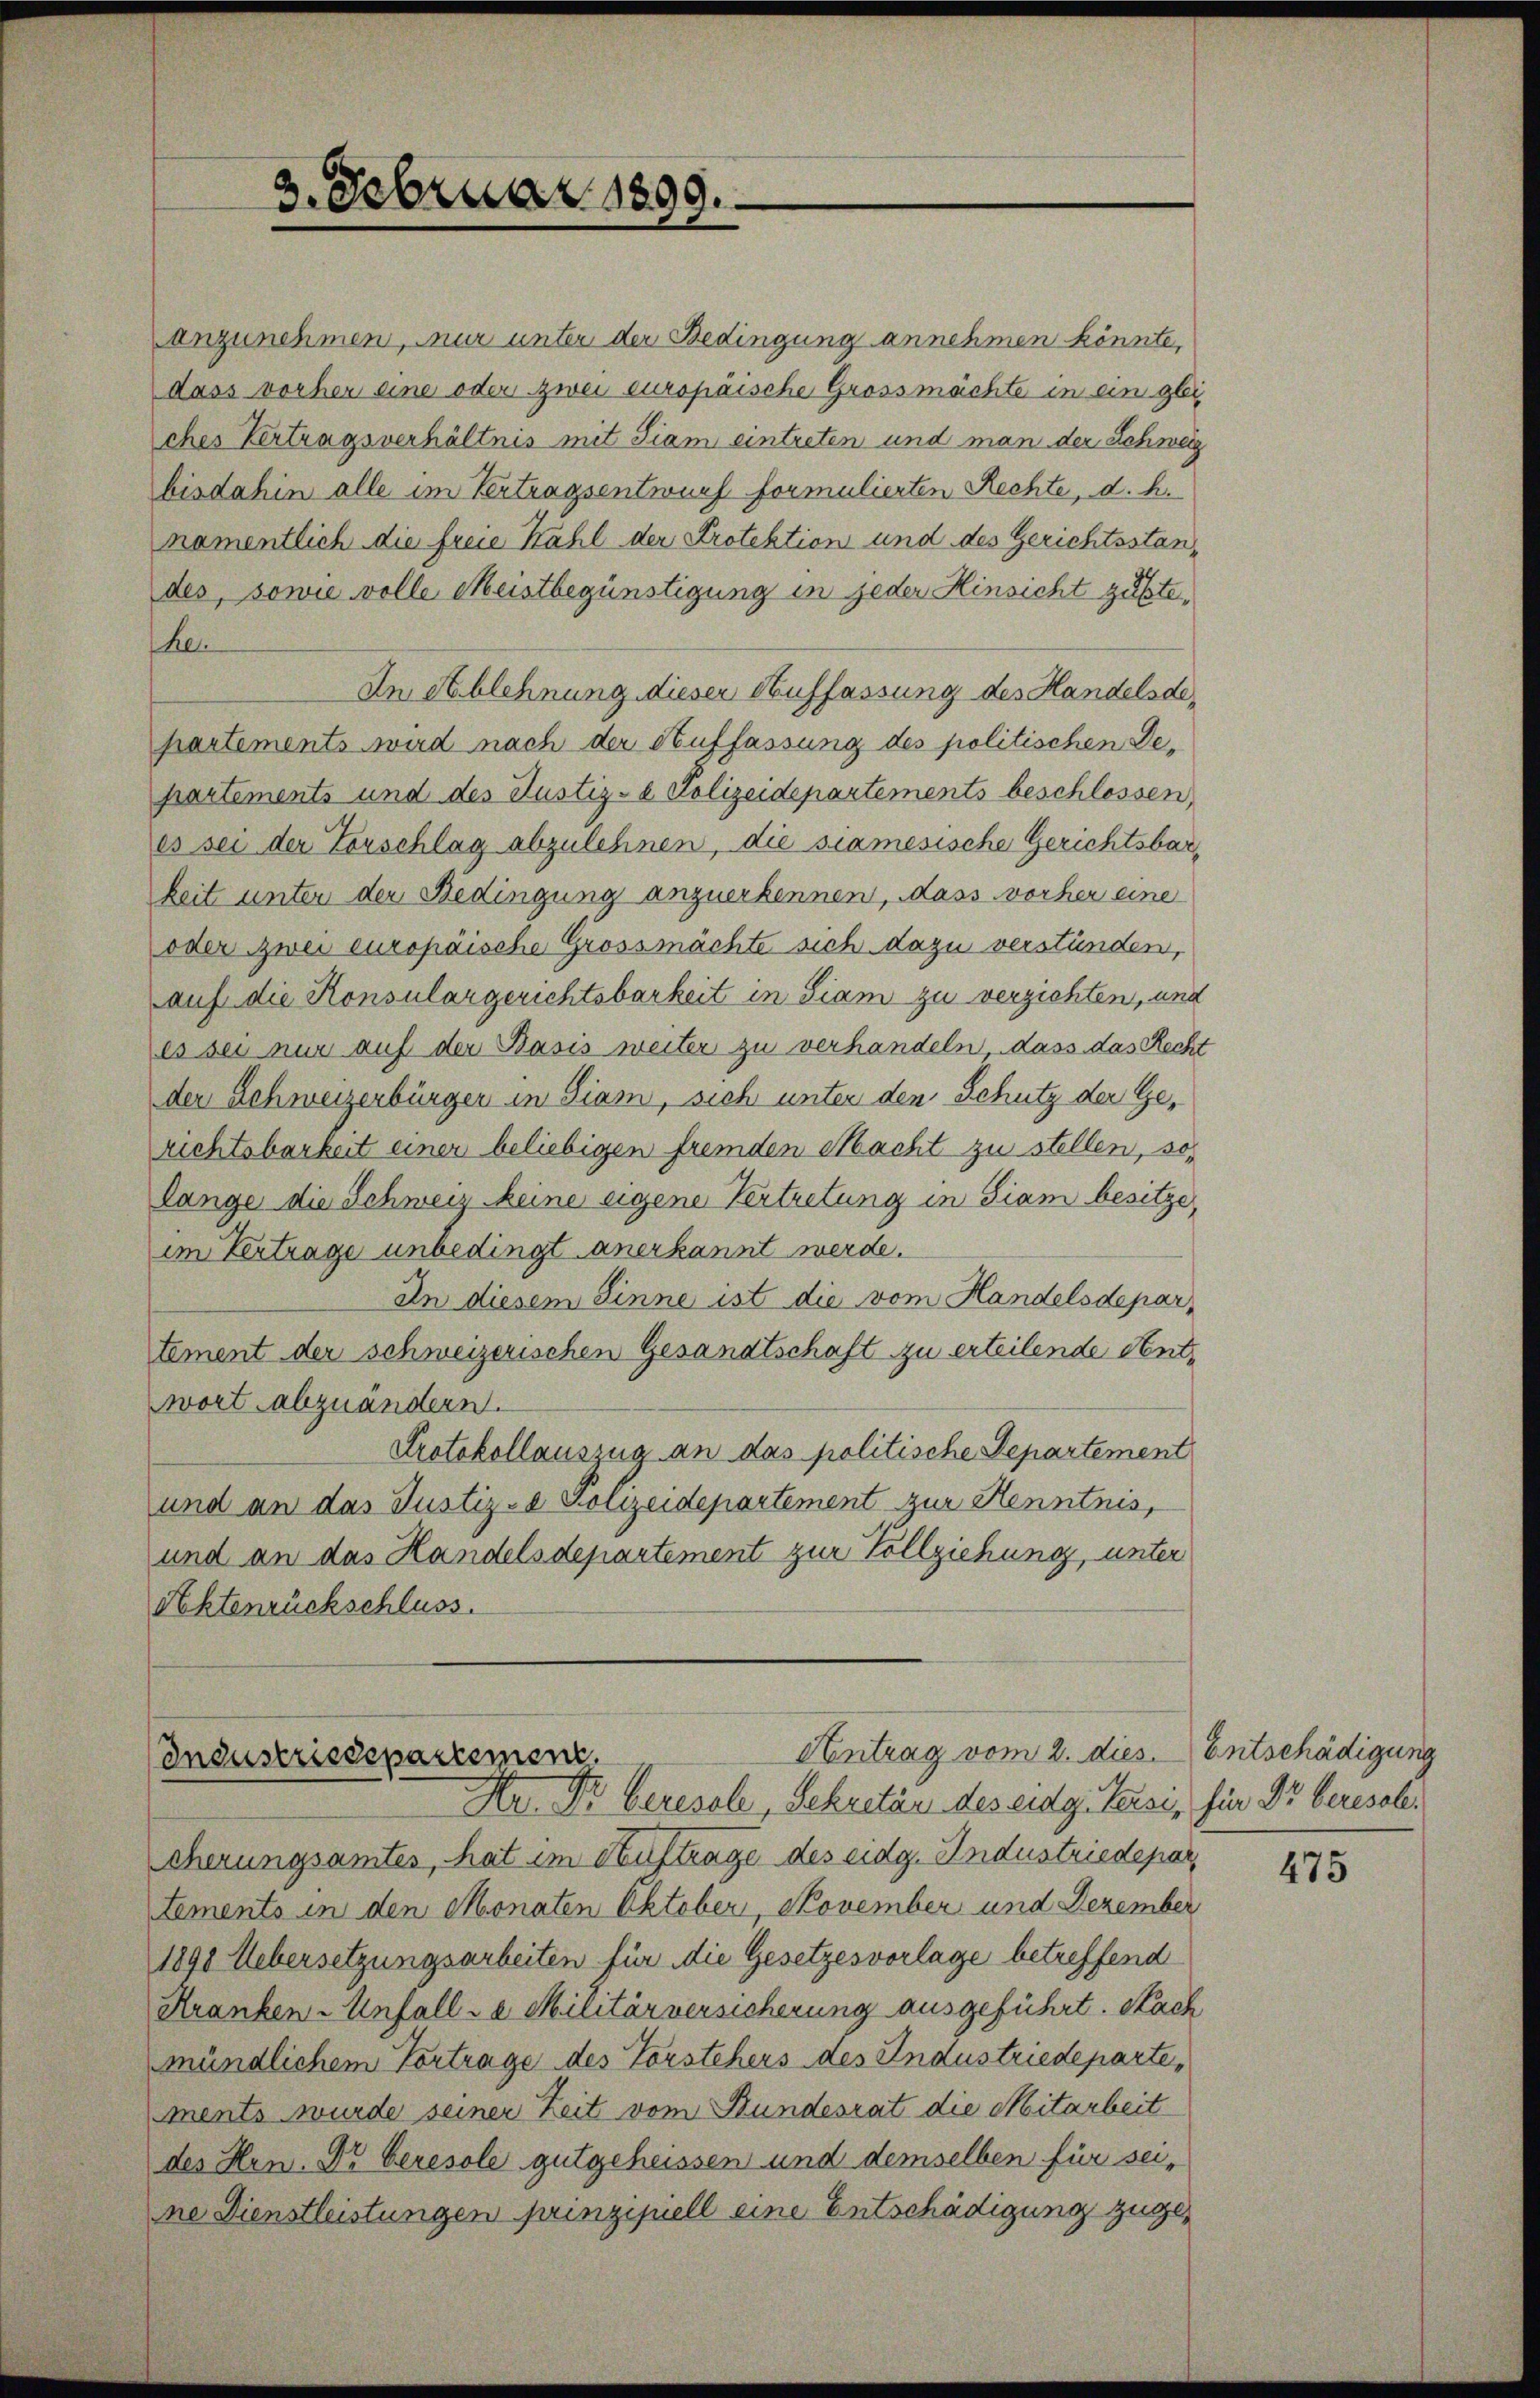
anzunehmen, nur unter der Bedingung annehmen könnte,
dass vorher eine oder zwei europäische Grossmachte in ein glei
ches Vertragsverhältnis mit Tiam eintreten und man der Schweiz
bisdahin alle im Vertragsentwurf formulierten Rechte, d. h.
namentlich die freie Kahl der Protektion und des Gerichtsstandes, sowie volle Meistbegünstigung in jeder Hinsicht zustehe
In Ablehnung dieser Auffassung des Handelsdepartements wird nach der Auffassung des politischen Departements und des Justiz- & Polizeidepartements beschlossen,
es sei der Vorschlag abzulehnen, die siamesische Gerichtsbar,
keit unter der Bedingung anzuerkennen, dass vorher eine
oder zwei europäische grossmächte sich dazu verstünden,
auf die Konsulargerichtsbarkeit in Siam zu verzichten, und
es sei nur auf der Basis weiter zu verhandeln, dass das Recht
der Schweizerbürger in Siam, sich unter den Schutz der Gerichtsbarkeit einer beliebigen fremden Macht zu stellen, so
lange die Schweiz Meine eigene Vertretung in Fiam besitze,
im Vertrage unbedingt anerkannt werde.
An diesem Sinne ist die vom Handelsdepartement der schweizerischen Gesandtschaft zu erteilende Antwort abzuändern.
Protokollauszug an das politische Departement
und an das Justiz- & Polizeidepartement zur Kenntnis,
und an das Handelsdepartement zur Vollziehung, unter
Rechtenrückschluss.

2. Februar 1899.

cherungsamtes, hat im Auftrage des eidg. Industriedepar
tements in den Monaten Oktober, November und Dezember
1890 Uebersetzungsarbeiten für die Gesetzesvorlage betreffend
Kranken Anfalle Militärversicherung ausgeführt. Nach
mündlichem Vortrage des Vorstehers des Industriedeparte,
ments wurde seiner Zeit vom Bundesrat die Mitarbeit
des Hrn. Dr Ceresole gutgeheissen und demselben für seine Dienstleistungen prinzipiell eine Entschädigung zuge¬

Antrag vom 2. dies. Entschädigung
Industriedepartement.
Hr Dr. beresole, Sekretär des eidg. Beisi, für Dr beresol¬

475